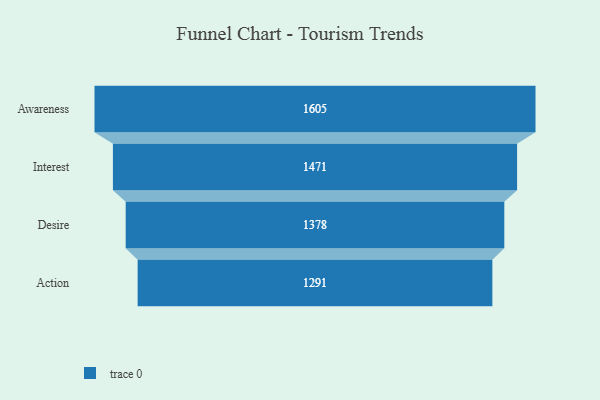
{"axis": {"x": "Stage", "y": "Value"}, "legend": [""], "data": [{"x": "Awareness", "y": 1605.0, "type": ""}, {"x": "Interest", "y": 1471.0, "type": ""}, {"x": "Desire", "y": 1378.0, "type": ""}, {"x": "Action", "y": 1291.0, "type": ""}]}